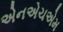
એનએચએમ